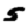
Digit: 5